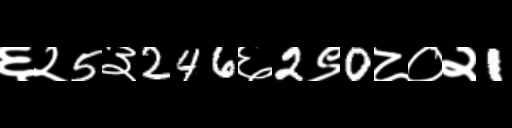
Text: ६२5३246६2९0८०२1